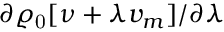
\partial \varrho _ { \mathrm { 0 } } [ \nu + \lambda v _ { m } ] / \partial \lambda